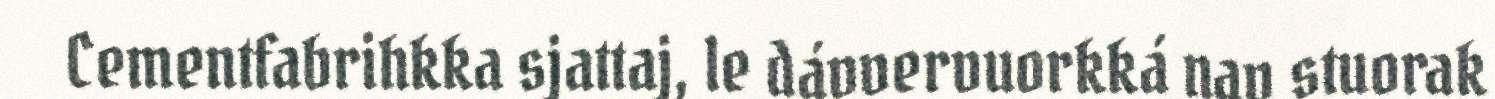
Cementfabrihkka sjattaj, le dávvervuorkká nav stuorak